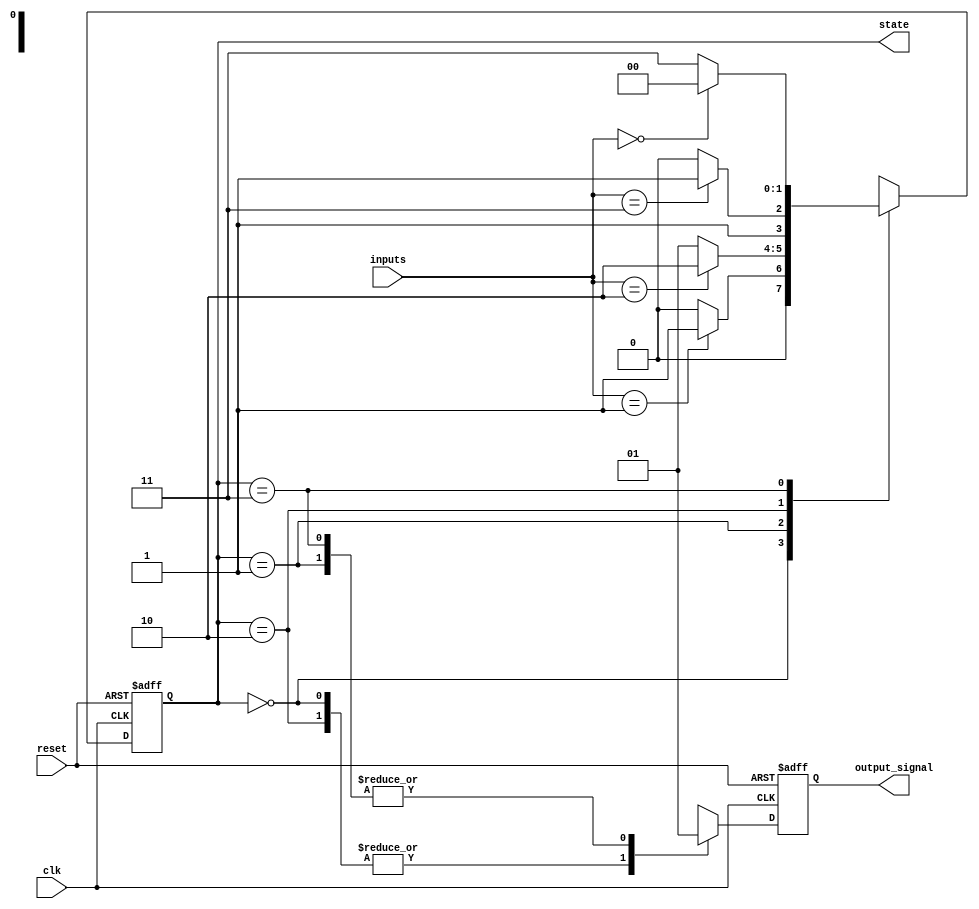
module sequential_logic (
    input wire clk,          // Clock signal
    input wire reset,        // Asynchronous reset signal
    input wire [1:0] inputs, // Example input signals
    output reg [1:0] state,  // Current state
    output reg output_signal  // Output signal based on the state
);

// State encoding
localparam STATE_0 = 2'b00;
localparam STATE_1 = 2'b01;
localparam STATE_2 = 2'b10;
localparam STATE_3 = 2'b11;

// Sequential logic block
always @(posedge clk or posedge reset) begin
    if (reset) begin
        // Reset state to STATE_0
        state <= STATE_0;
        output_signal <= 1'b0; // Reset output signal
    end else begin
        // State transition logic
        case (state)
            STATE_0: begin
                if (inputs == 2'b01) begin
                    state <= STATE_1;
                end else begin
                    state <= STATE_0; // Stay in STATE_0
                end
            end
            
            STATE_1: begin
                if (inputs == 2'b10) begin
                    state <= STATE_2;
                end else begin
                    state <= STATE_1; // Stay in STATE_1
                end
            end
            
            STATE_2: begin
                if (inputs == 2'b11) begin
                    state <= STATE_3;
                end else begin
                    state <= STATE_2; // Stay in STATE_2
                end
            end
            
            STATE_3: begin
                if (inputs == 2'b00) begin
                    state <= STATE_0;
                end else begin
                    state <= STATE_3; // Stay in STATE_3
                end
            end
            
            default: begin
                state <= STATE_0; // Default state
            end
        endcase
        
        // Output generation based on the current state
        case (state)
            STATE_0: output_signal <= 1'b0;
            STATE_1: output_signal <= 1'b1;
            STATE_2: output_signal <= 1'b0;
            STATE_3: output_signal <= 1'b1;
            default: output_signal <= 1'b0;
        endcase
    end
end

endmodule